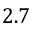
2 . 7